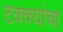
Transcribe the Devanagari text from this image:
टक्क्यांचा